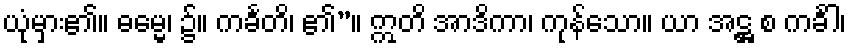
ယုံမှား၏။ ဓမ္မေ၊ ၌။ ကင်္ခတိ၊ ၏”။ ဣတိ အာဒိကာ၊ ကုန်သော။ ယာ အဋ္ဌ စ ကင်္ခါ၊